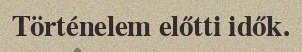
Történelem előtti idők.